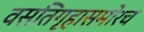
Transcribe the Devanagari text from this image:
वसतिगृहासमोरच